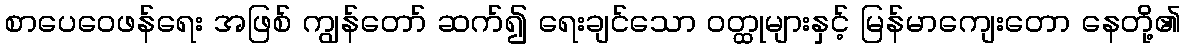
စာပေဝေဖန်ရေး အဖြစ် ကျွန်တော် ဆက်၍ ရေးချင်သော ဝတ္ထုများနှင့် မြန်မာကျေးတော နေတို့၏